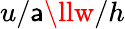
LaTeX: u/\mathsf{a}\llw/h